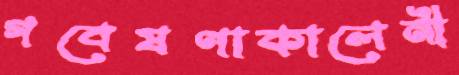
গবেষণাকালেনী